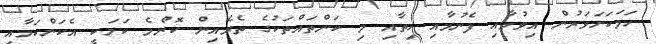
ހަމަކަށަވަރުން އިވުމާއި ފެނުމާއި ހިތާއި މި ކަންތައްތަކުގެ ތެރެއިން ކޮންމެ ކަމަކީ އެކަންކަމާއި